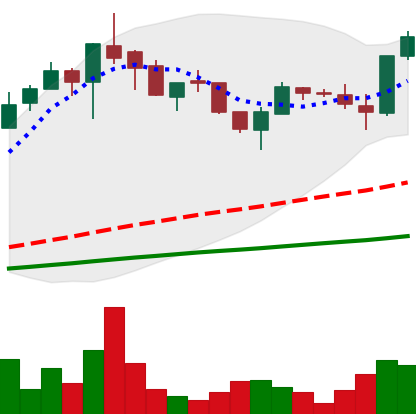
Ticker: LTC-USD
Chart end date: 2017-05-24
Forward return: -26.821%
Label: down_7plus